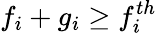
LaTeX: f_{i}+g_{i}\ge f_{i}^{th}